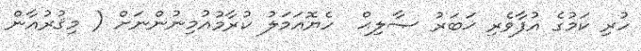
ހުރި ކަމުގެ އުފާވެރި ޚަބަރު ޞާލިޙް  ހެޔޮޢަމަލު ކުރާމުއުމިނުންނަށް ( މިޤުރުއާން